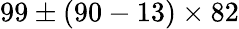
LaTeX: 99\pm(90-13)\times 82